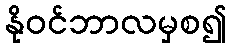
နိုဝင်ဘာလမှစ၍